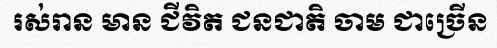
រស់រាន មាន ជីវិត ជនជាតិ ចាម ជាច្រើន